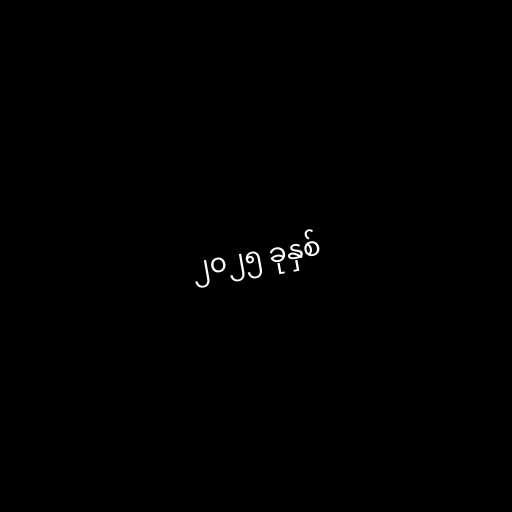
၂၀၂၅ ခုနှစ်